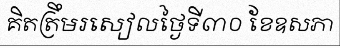
គិតត្រឹមរសៀលថ្ងៃទី៣០ ខែឧសភា